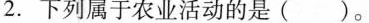
2.下列属于农业活动的是()。